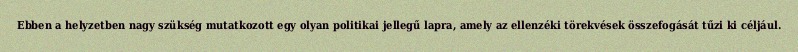
Ebben a helyzetben nagy szükség mutatkozott egy olyan politikai jellegű lapra, amely az ellenzéki törekvések összefogását tűzi ki céljául.